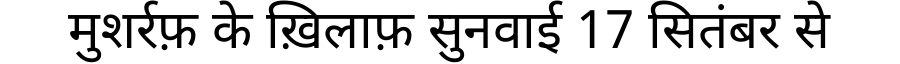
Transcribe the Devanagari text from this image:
मुशर्रफ़ के ख़िलाफ़ सुनवाई 17 सितंबर से